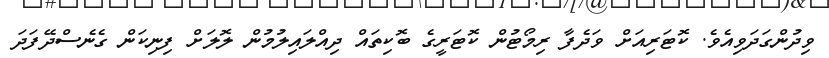
ވިދުންގަދަވިއެވެ. ކޮޓަރިއަށް ވަދެފާ ރިމޯޓުން ކޮޓަރީގެ ބޮކިތައް ދިއްލައިލުމުން ލޮލަށް ފިނިކަން ގެނެސްދޭފަދަ